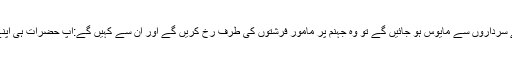
} اس آیت اور ا س کے بعد والی آیت کا خلاصہ یہ ہے کہ جب کافروں میں سے کمزور لوگ اپنے سرداروں سے مایوس ہو جائیں گے تو وہ جہنم پر مامور فرشتوں کی طرف رخ کریں گے اور ان سے کہیں گے:آپ حضرات ہی اپنے رب عَزَّوَجَلَّ سے دعا کریں کہ دنیا کے ایک دن کی مقدار تک ہمارے عذاب میں تخفیف رہے ۔